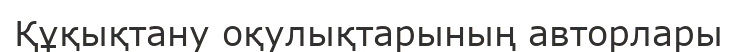
Құқықтану оқулықтарының авторлары